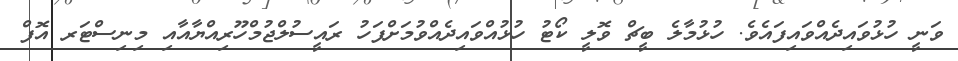
ވަނީ ހުޅުވައިދެއްވައިފައެވެ. ހުޅުމާލެ ބީޗް ވޮލީ ކޯޓު ހުޅުއްވައިދެއްވުމަށްފަހު ރައީސުލްޖުމްހޫރިއްޔާއާއި މިނިސްޓަރ އޮފް